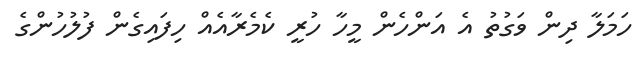
ހަމަލާ ދިން ވަގުތު އެ އަންހެން މީހާ ހުރީ ކެމެރާއެއް ހިފައިގެން ފުލުހުންގެ